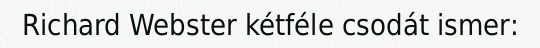
Richard Webster kétféle csodát ismer: